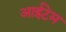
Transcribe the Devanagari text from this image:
आईटेम